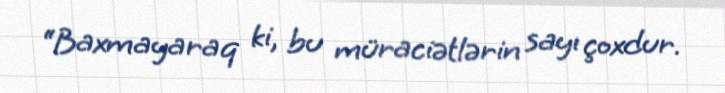
“Baxmayaraq ki, bu müraciətlərin sayı çoxdur.